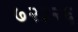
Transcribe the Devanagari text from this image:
७२३२६